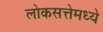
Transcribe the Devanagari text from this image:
लोकसत्तेमध्ये